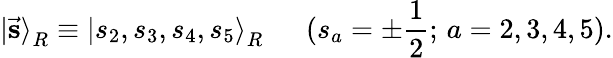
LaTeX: {\vert\vec{\mathbf s}\rangle}_{R}\equiv{\vert s_{2},s_{3},s_{4},s_{5}\rangle}_{R}\, \, \, \, \, \, \, \, \, (s_{a}=\pm\frac{1}{2};\, a=2,3,4,5).